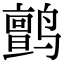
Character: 鹯